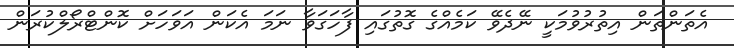
އެތަންތަން އިތުރުވުމަކީ ނޭދެވޭ ކަމެއްގެ ގޮތުގައި ފާހަގަވާ ނަމަ އެކަން އަވަހަށް ކޮންޓްރޯލްކުރަން